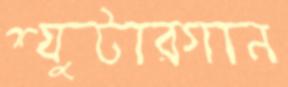
শ্যুটারগান